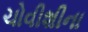
ચોવીશીના